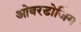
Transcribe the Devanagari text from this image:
ओवरडोजिंग